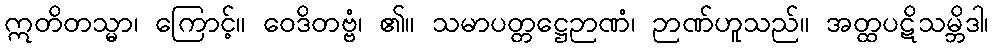
ဣတိတသ္မာ၊ ကြောင့်။ ဝေဒိတဗ္ဗံ၊ ၏။ သမာပတ္တဋ္ဌေဉာဏံ၊ ဉာဏ်ဟူသည်။ အတ္ထပဋိသမ္ဘိဒါ၊